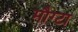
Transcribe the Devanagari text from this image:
मौग्टा